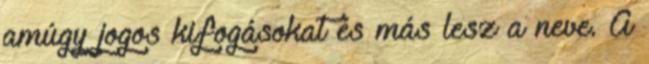
amúgy jogos kifogásokat és más lesz a neve. A